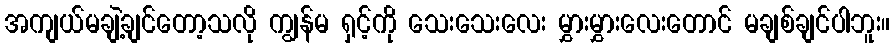
အကျယ်မချဲ့ချင်တော့သလို ကျွန်မ ရှင့်ကို သေးသေးလေး မွှားမွှားလေးတောင် မချစ်ချင်ပါဘူး။